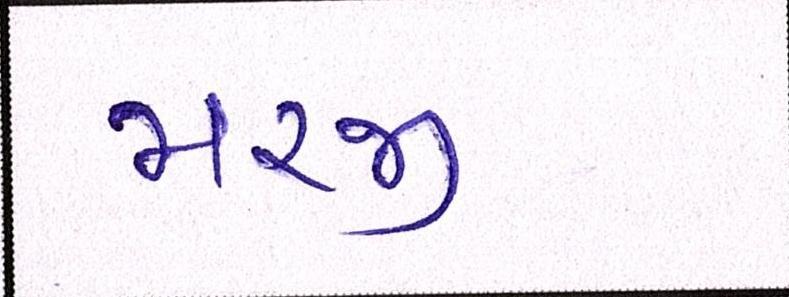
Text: મરજી